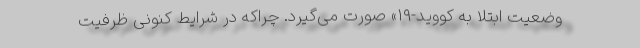
وضعیت ابتلا به کووید-۱۹» صورت می‌گیرد. چراکه در شرایط کنونی ظرفیت